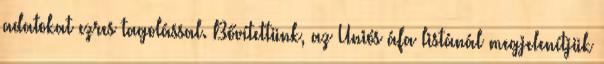
adatokat ezres tagolással. Bővítettünk, az Uniós áfa listánál megjelenítjük